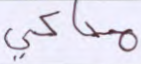
محاكى